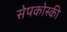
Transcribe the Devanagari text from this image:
सेपकोस्की